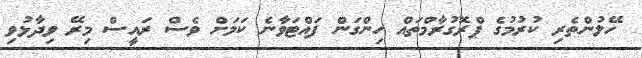
ހޭލުންތެރި ކުރުމުގެ ޕްރޮގުރާމްތައް ހިންގަން ފައްޓަވާނެ ކަމަށް ވެސް ރައީސް މިރޭ ވިދާޅުވި